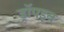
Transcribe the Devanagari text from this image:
ड्रॉपइन